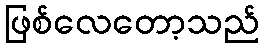
ဖြစ်လေတော့သည်